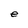
Character: e